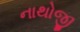
નાથોજી